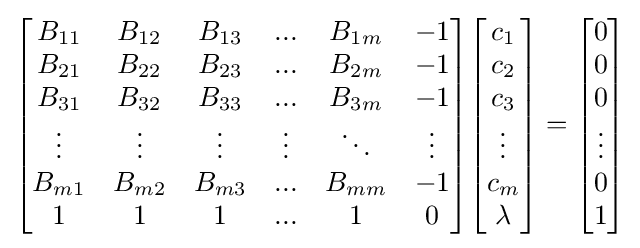
{\begin{bmatrix}B_{11}&B_{12}&B_{13}&...&B_{1m}&-1\\B_{21}&B_{22}&B_{23}&...&B_{2m}&-1\\B_{31}&B_{32}&B_{33}&...&B_{3m}&-1\\\vdots &\vdots &\vdots &\vdots &\ddots &\vdots \\B_{m1}&B_{m2}&B_{m3}&...&B_{mm}&-1\\1&1&1&...&1&0\end{bmatrix}}{\begin{bmatrix}c_{1}\\c_{2}\\c_{3}\\\vdots \\c_{m}\\\lambda \end{bmatrix}}={\begin{bmatrix}0\\0\\0\\\vdots \\0\\1\end{bmatrix}}